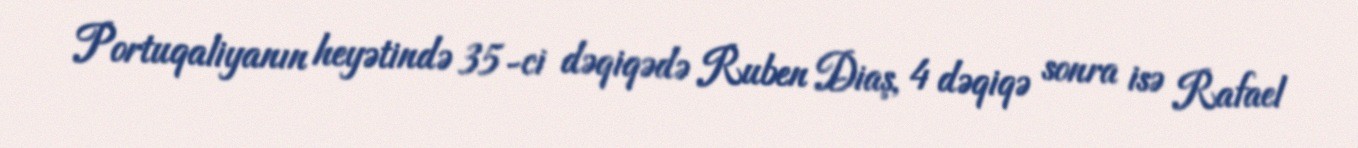
Portuqaliyanın heyətində 35-ci dəqiqədə Ruben Diaş, 4 dəqiqə sonra isə Rafael